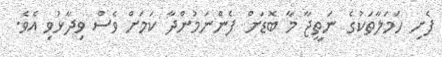
ފެށި ހަމަލާތަކުގެ ނަތީޖާ މާ ބޮޑަށް ފެންނަމުންދާ ކަަމަށް ވެސް ވިދާޅުވި އެވެ.